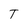
Character: T